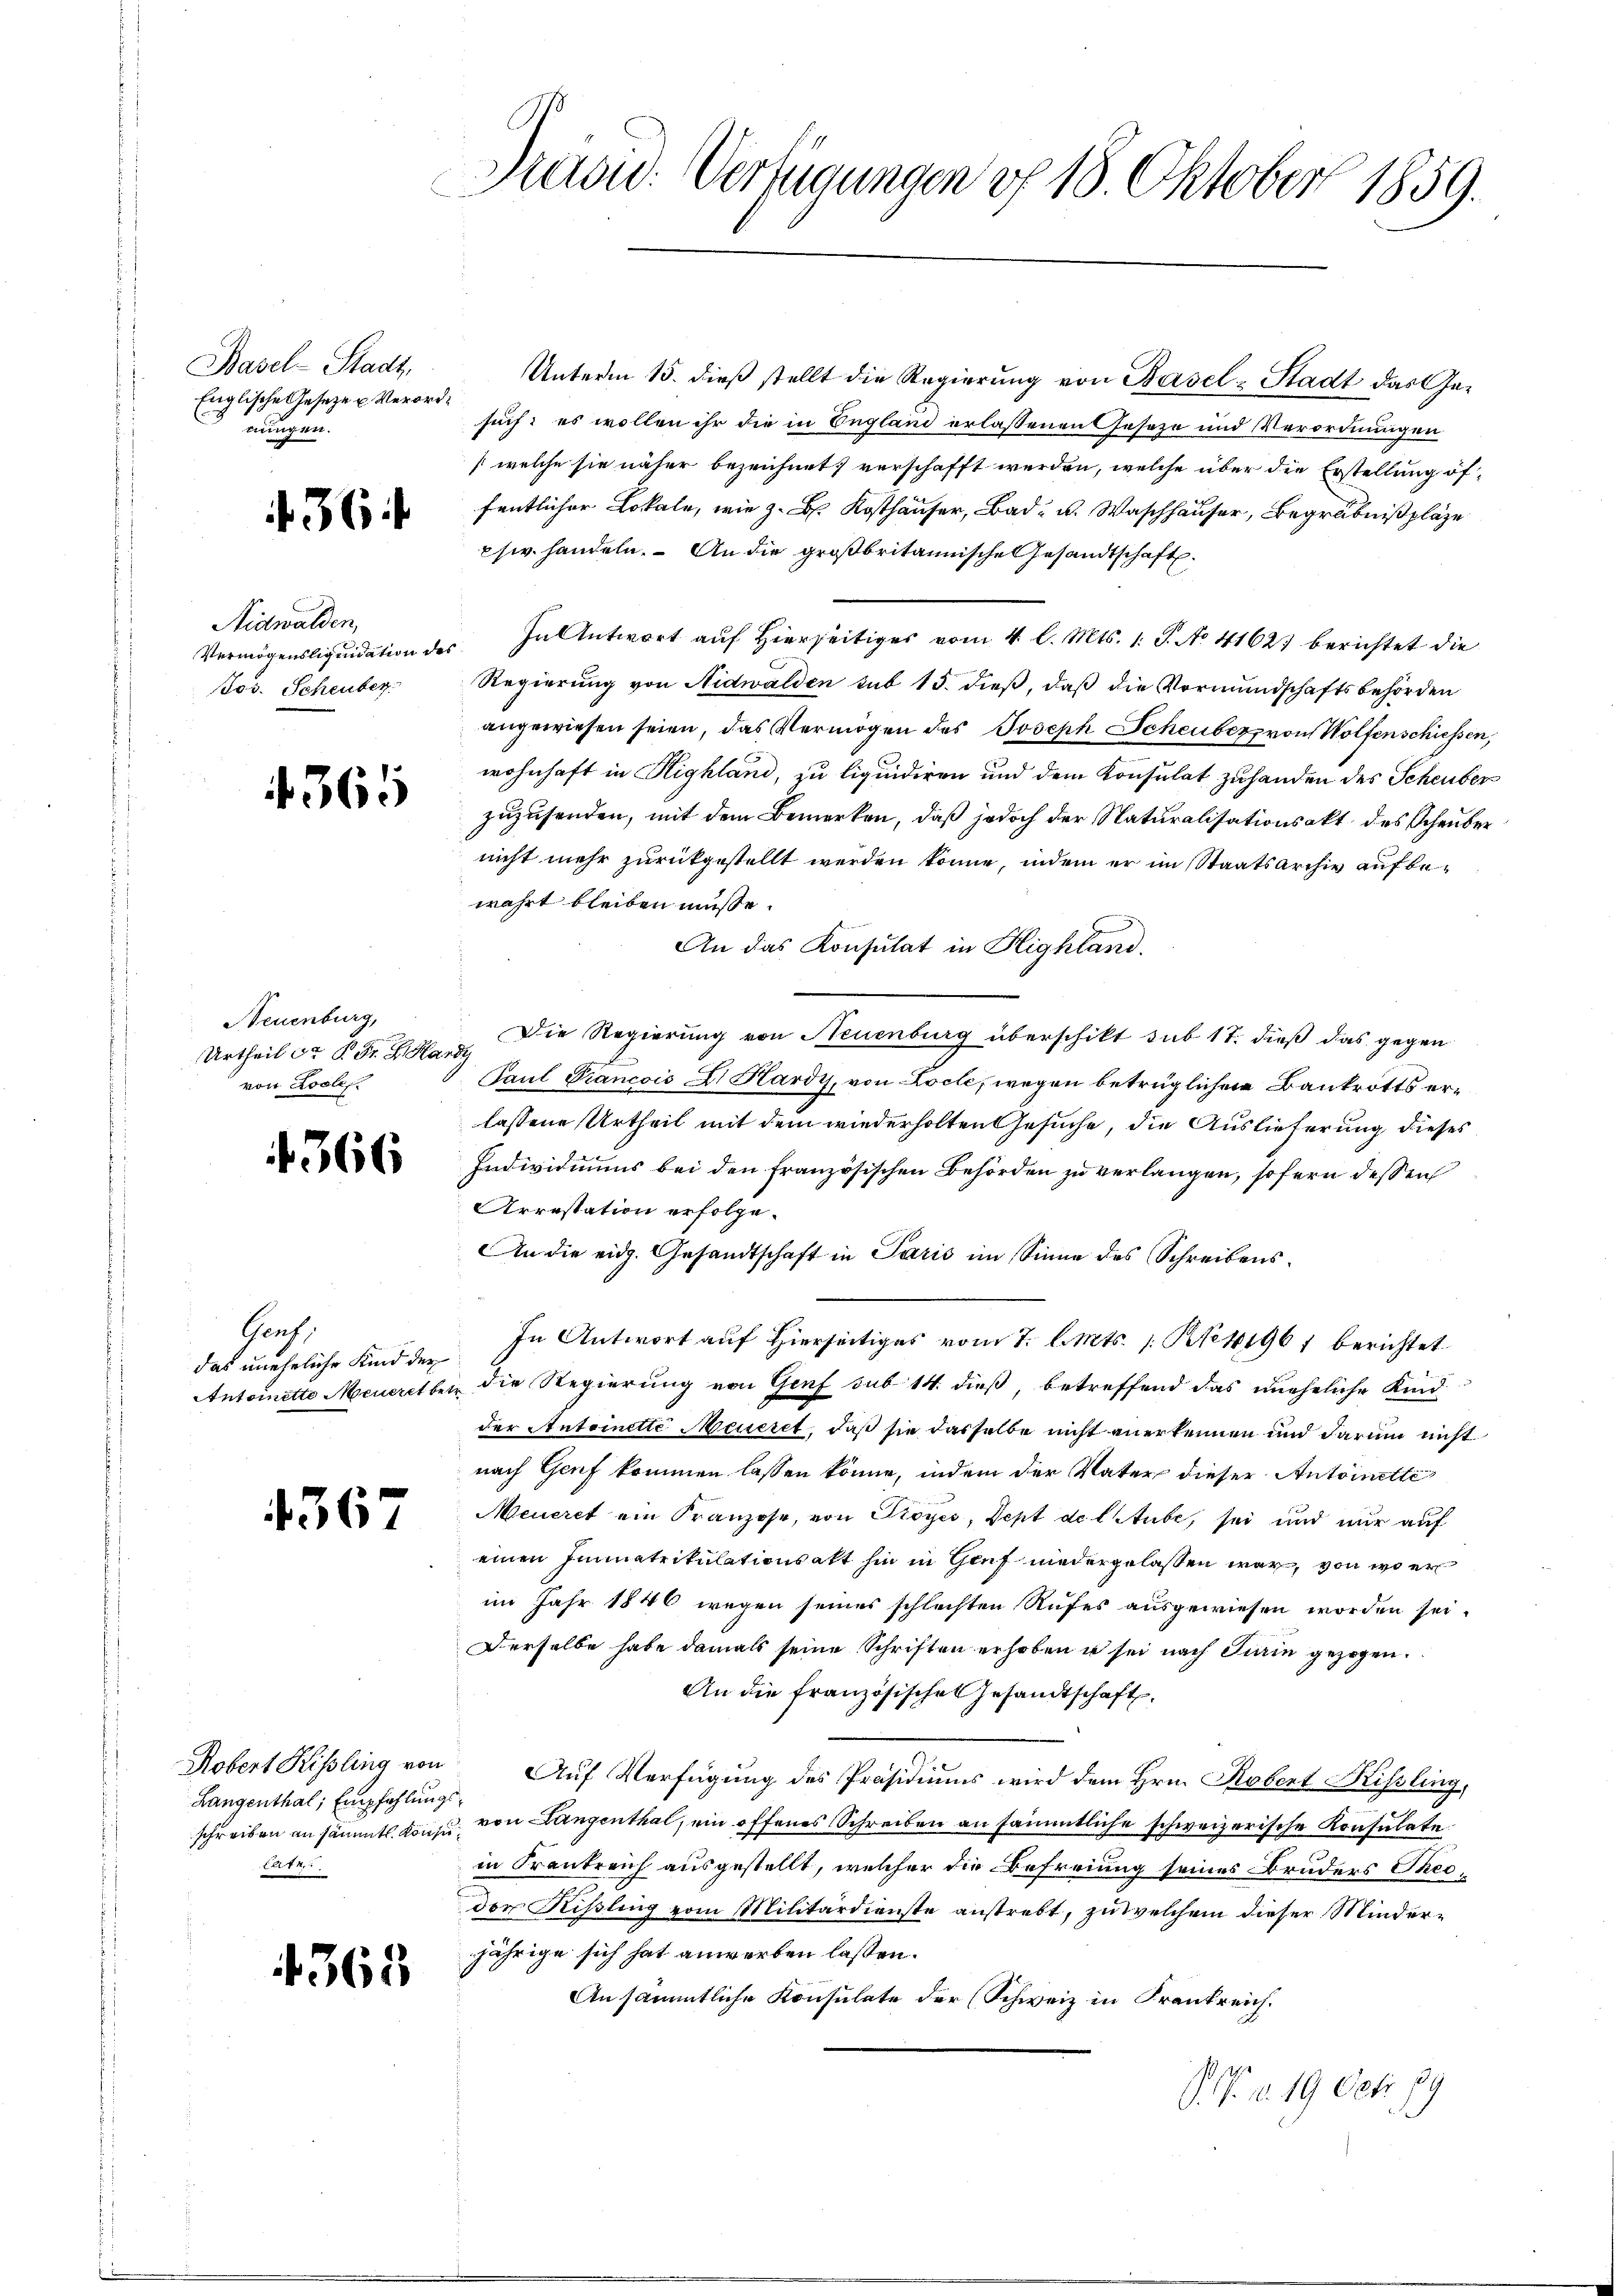
Basel-Stadt,
Englische Gesetze u. Verordnungen.

36

Nidwalden,
os. Scheuber

4365

Neuenburg,
Urtheil Sr K. Fr. G. Hardy
von Soole.

1366

Graf.
das uneheliche Kind der

4367

Langenthal, Empfehlungs¬
Elte

4363

Sadw. Verfügungen of 18. Oktober 1859.

Unterm 15. dieß stellt die Regierung von Basel-Stadt das Gesuch: es wollen ihr die in England erlassenen Geseze und Verordnungen
(welche sie näher bezeichnet, verschafft werden, welche über die Erstellung öf-
fentlicher Lokal, wie z. B. Kothäuser, Bad u. Waschhäuser, Begräbnißpläze
pser handeln. An die großbritannische Gesandtschaft.
Vermögensliquidation des In Antwort auf hierseitiges vom 4 l. Mts. 1. J. No 41627 berichtet die
Regierung von Nidwalden sub 15. dieß, daß die Vormundschaftsbehörden
angewiesen seien, das Vermögen des Joseph Scheuber, von Wolfenschiessen,
wohnhaft in Highland, zu liquidiren und dem Konsulat zu handen des Scheuber
zuzusenden, mit dem Bemerken, daß jedoch der Naturalisationsakt des Schauber
nicht mehr zurückgestellt werden könne, indem er im Staatsarchiv auf bewahrt bleiben müsse.
An das Konsulat in Highland.
Die Regierung von Neuenburg überschikt sub 17. dieß das gegen
Paul Francois Dr Hardy, von Locle, wegen betrüglichen Bankrotts erlassene Urtheil mit dem wiederholten Gesuche, die Auslieferung dieses
Individuums bei den französischen Behörden zu verlangen, sofern dessen
Arrestation erfolge.
An die eidg. Gesandtschaft in Paris im Sinne des Schreibens¬
In Antwort auf Hierseitiges vom 7. d. Mts. 1. No 41961 berichtet
Antoinette Meueret betr die Regierung von Genf sub 14. dieß, betreffend das uneheliche Kind
der Antoinette Messeret, daß sie dasselbe nicht anerkennen und darum nicht
nach Genf kommen lassen könne, indem der Vater dieser Antoinette
Meueret ein Franzose, von Pioyes, Sept de laube, sei und nur auf
einen Immatrikulationsatt hin in Gruf niedergelassen war, von wo er
im Jahr 1846 wegen seines schlechten Rufes ausgewiesen worden sei.
Derselbe habe damals seine Schriften erhoben u sei nach Turin gezogen.
An die französisches Gesandtschaft,
Robert Rissling von Auf Verfügung des Präsidiums wird dem Hrn. Robert Kissling,
schreiben an sämmtl. Könne, von Langenthal, ein offenes Schreiben an sämmtliche schweizerische Konsulate.
in Krankreich ausgestellt, welcher die Befreiung seines Bruders Thesder Rißling vom Militärdienste anstrebt, zu welchem dieser Minderjährige sich hat anwerben lassen.
An sämmtliche Konsulate der (Schweiz in Frankreich.
r
J. V. d. 19 Oct. 79